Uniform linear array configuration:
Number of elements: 32
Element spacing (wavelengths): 0.25
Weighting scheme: binomial
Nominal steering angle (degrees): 60
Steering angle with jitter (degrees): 59.152
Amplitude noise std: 0.05
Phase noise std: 0.05

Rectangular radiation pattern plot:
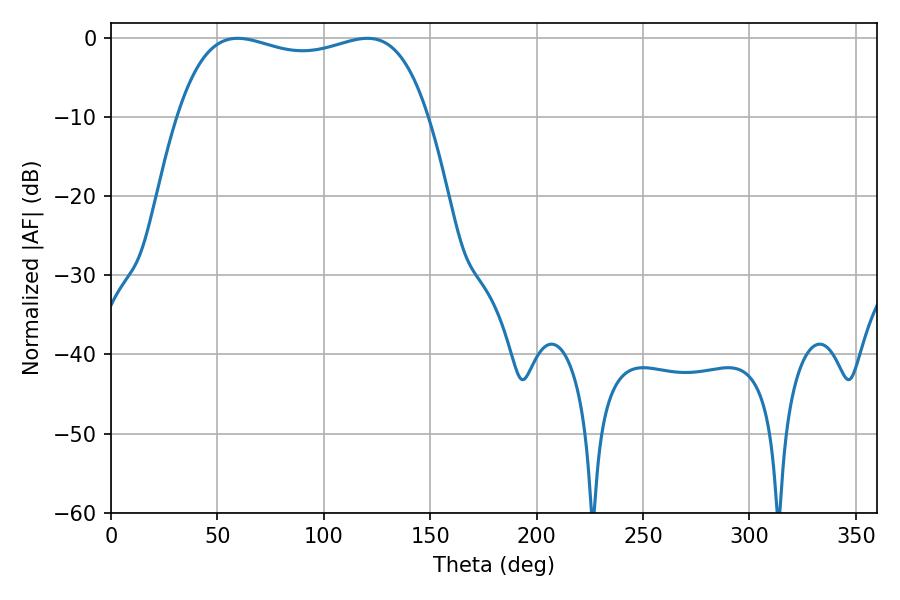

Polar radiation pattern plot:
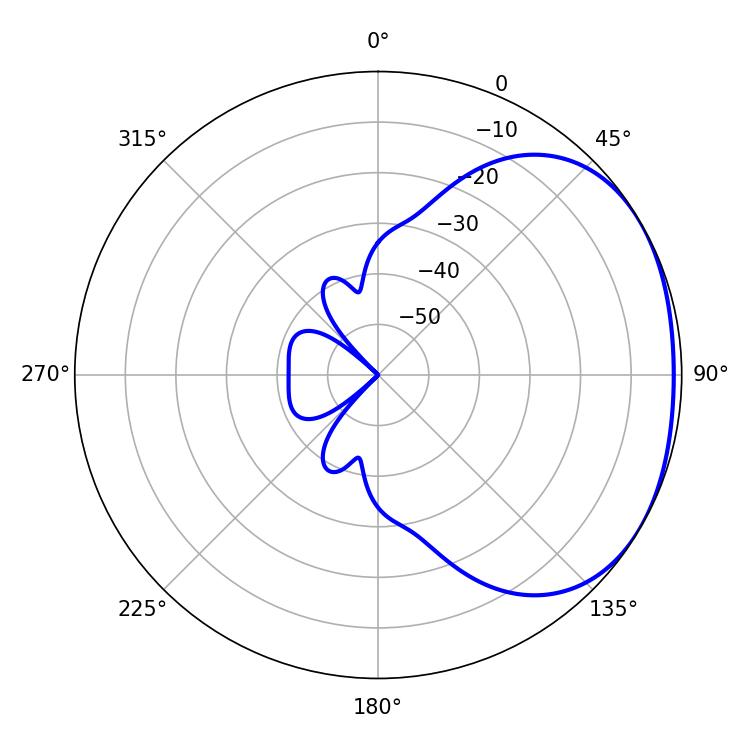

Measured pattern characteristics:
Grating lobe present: FALSE
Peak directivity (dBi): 1.855
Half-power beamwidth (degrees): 95.76
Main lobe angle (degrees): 59.58